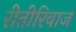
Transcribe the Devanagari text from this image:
रीतीरिवाज